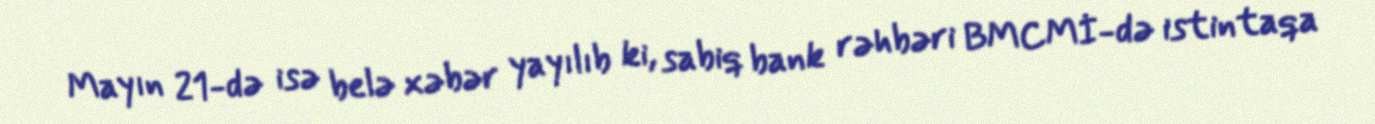
Mayın 21-də isə belə xəbər yayılıb ki, sabiq bank rəhbəri BMCMİ-də istintaqa